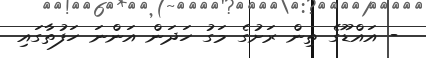
- އައްޑޫގެ ތިން ރަށުގެ މަގު ހަދަން އަންނަ ހަފުތާގައި